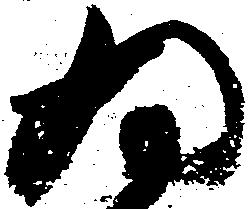
為